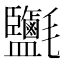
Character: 𣱄